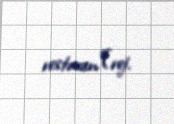
restoran”(rej.